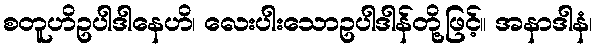
စတူဟိဥပါဒါနေဟိ၊ လေးပါးသောဥပါဒါန်တို့ဖြင့်။ အနာဒါနံ၊